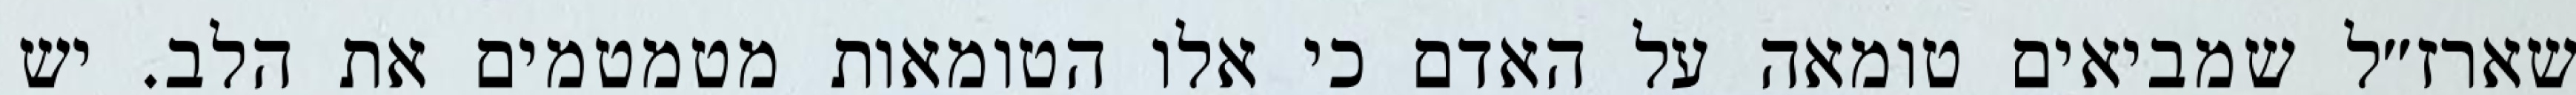
שארז״ל שמביאים טומאה על האדם כי אלו הטומאות מטמטמים את הלב. יש